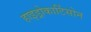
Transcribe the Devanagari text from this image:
हाइड्रोकार्टिसोन